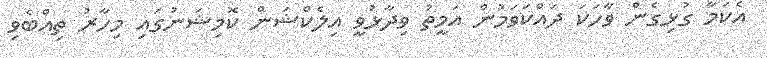
އެކަމާ ގުޅިގެން ވާހަކަ ދައްކަވަމުން އަމީތު ވިދާޅުވީ އިލެކްޝަން ކޮމިޝަނުގައި މިހާރު ތިއްބެވި